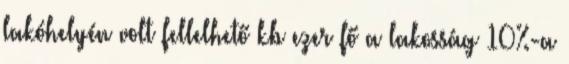
lakóhelyén volt fellelhető kb ezer fő a lakosság 10%-a